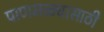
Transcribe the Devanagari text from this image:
पाणमळ्यासाठी